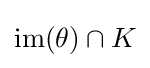
{\text{im}}(\theta )\cap K